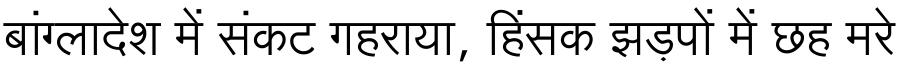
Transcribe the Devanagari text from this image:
बांग्लादेश में संकट गहराया, हिंसक झड़पों में छह मरे